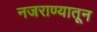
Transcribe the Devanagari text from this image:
नजराण्यातून